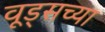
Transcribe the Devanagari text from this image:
वूड्सच्या